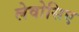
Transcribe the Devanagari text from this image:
लेवोसिए